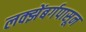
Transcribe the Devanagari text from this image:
लक्झेंबर्गपासून